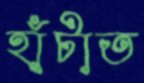
হাঁটাত